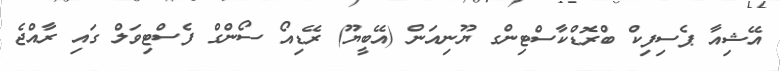
އޭޝިއާ ޕެސިފިކް ބްރޮޑްކާސްޓިންގ ޔޫނިއަން (އޭބީޔޫ) ރޭޑިއޯ ސޯންގް ފެސްޓިވަލް ގައި ރާއްޖެ